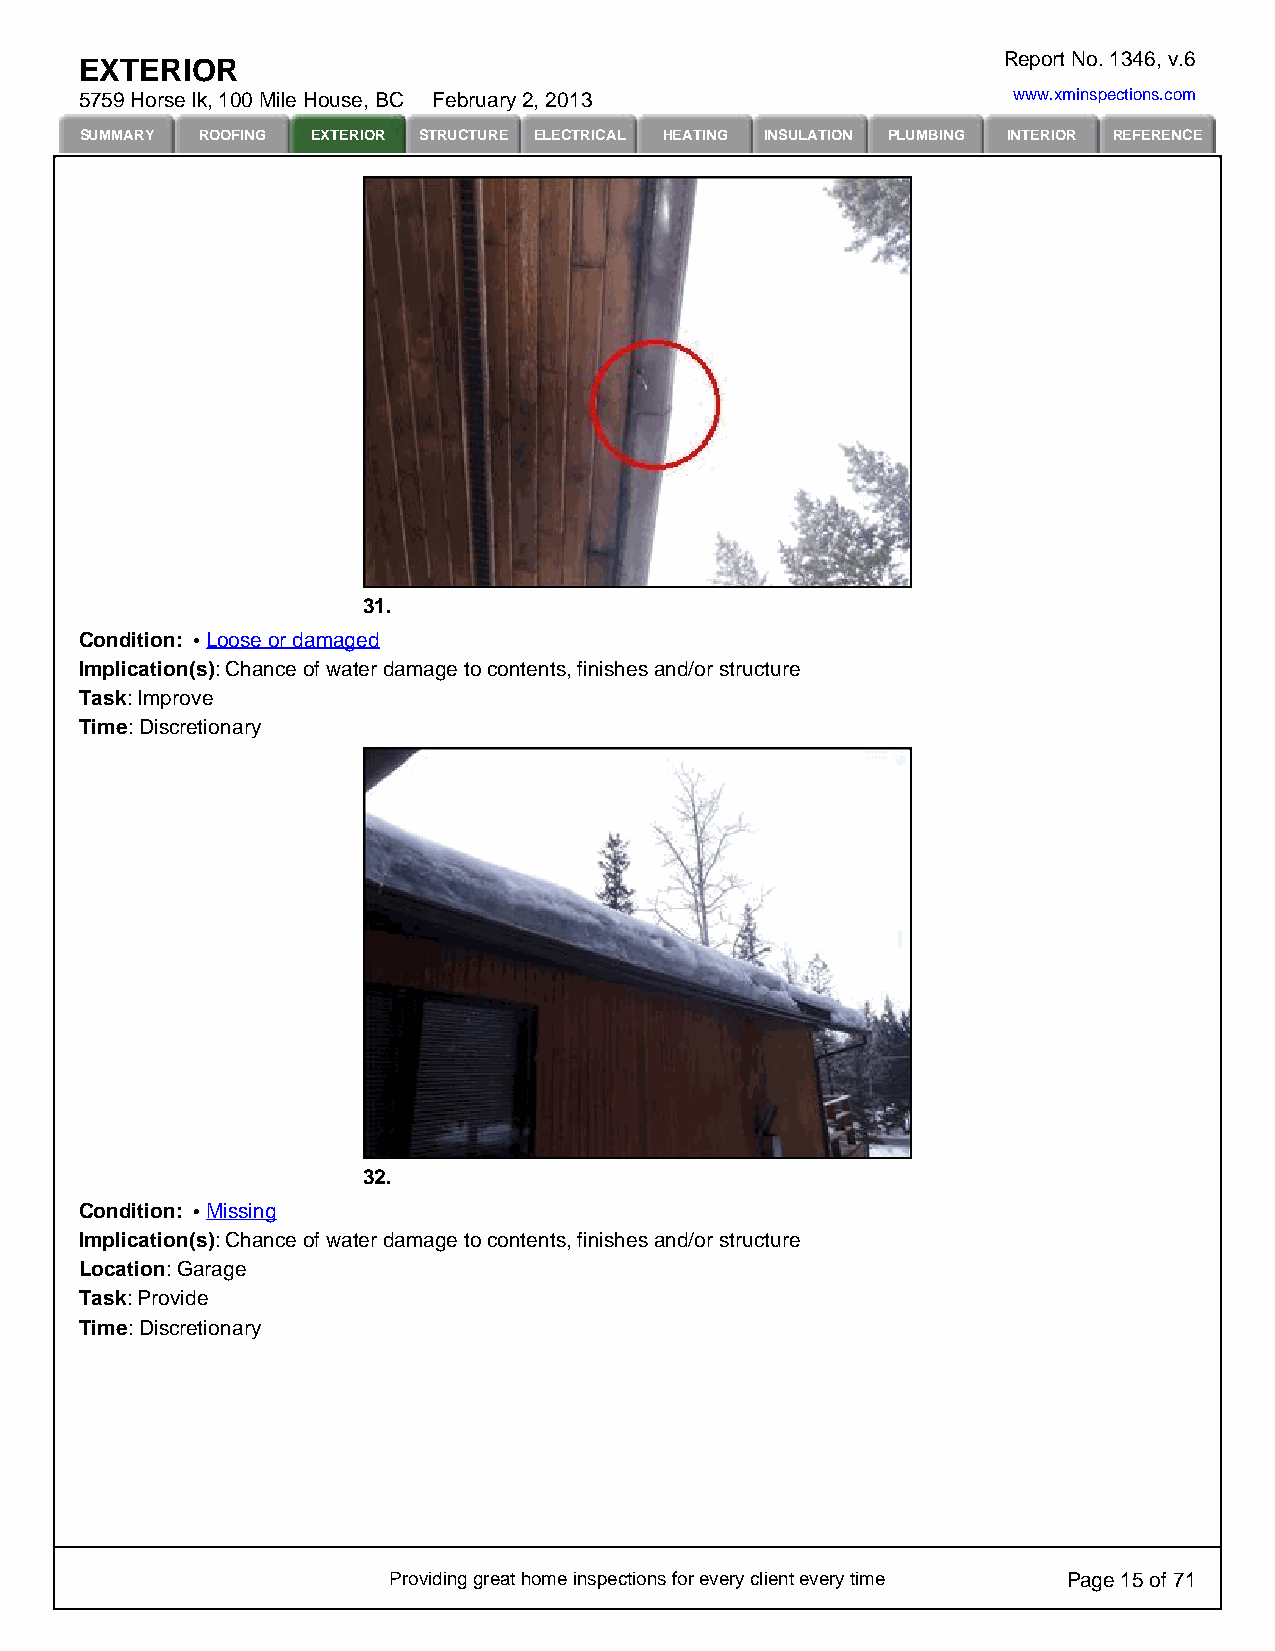
Report No. 1346, v.6
 EXTERIOR
 5759 Horse lk, 100 Mile House, BC February 2, 2013            www.xminspections.com
 SUMMARY ROOFING EXTERIOR STRUCTURE ELECTRICAL HEATING INSULATION PLUMBING INTERIOR REFERENCE
 31.
 Condition: Loose or damaged
 Implication(s): Chance of water damage to contents, finishes and/or structure
 Task: Improve
 Time: Discretionary
 32.
 Condition: Missing
 Implication(s): Chance of water damage to contents, finishes and/or structure
 Location: Garage
 Task: Provide
 Time: Discretionary
 Providing great home inspections for every client every time Page 15 of 71